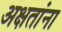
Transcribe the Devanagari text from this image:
अक्षतांना